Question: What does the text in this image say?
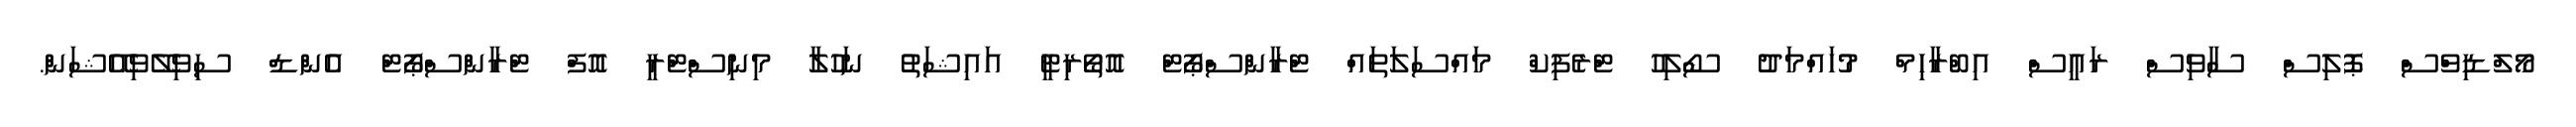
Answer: މޯލްޑިވްސް ޕޮލިސް ސާވިސް ރައީސް އިބްރާހިމް މުހައްމަދު ސޯލިހު ޓްރެފިކް މައްސަލަތައް ޓްރާންސްޕޯޓް އޮތޯރިޓީ އައިޝަތު ނަހުލާ މިނިސްޓްރީ އޮފް ޓްރާންސްޕޯޓް އެންޑް ސިވިލޭވިއޭޝަން.